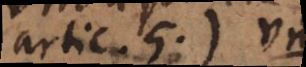
artic. 5.) vm